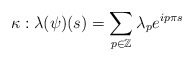
\begin{align*}\kappa:\lambda(\psi)(s) =\sum_{p\in\mathbb{Z}}^{}\lambda_p e^{i p \pi s}\end{align*}